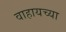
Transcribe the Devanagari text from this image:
वाहायच्या